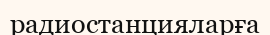
радиостанцияларға